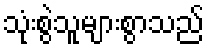
သုံးစွဲသူများစွာသည်